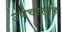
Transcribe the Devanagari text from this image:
उपचारगृह